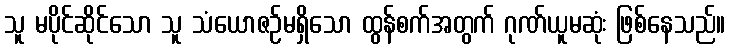
သူ မပိုင်ဆိုင်သော သူ သံယောဇဉ်မရှိသော ထွန်စက်အတွက် ဂုဏ်ယူမဆုံး ဖြစ်နေသည်။